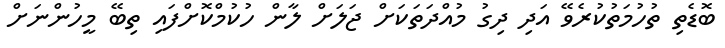
ބޮޑެތި ތުހުމަތުކުރެވޭ އަދި ދިގު މުއްދަތަކަށް ޖަލަށް ލާން ހުކުމްކޮށްފައި ތިބޭ މީހުންނަށް